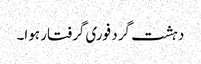
دہشت گرد فوری گرفتار ہوا۔